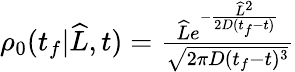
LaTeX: \begin{array}{r}{\rho_{0}(t_{f}|\widehat{L},t)=\frac{\widehat{L}e^{-\frac{\widehat{L}^{2}}{2D(t_{f}-t)}}}{\sqrt{2\pi D(t_{f}-t)^{3}}}}\end{array}